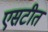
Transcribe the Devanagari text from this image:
एसटीत